Vaccine operations Central Provinces 1900-1911 - 1900-1911
Year: 1900
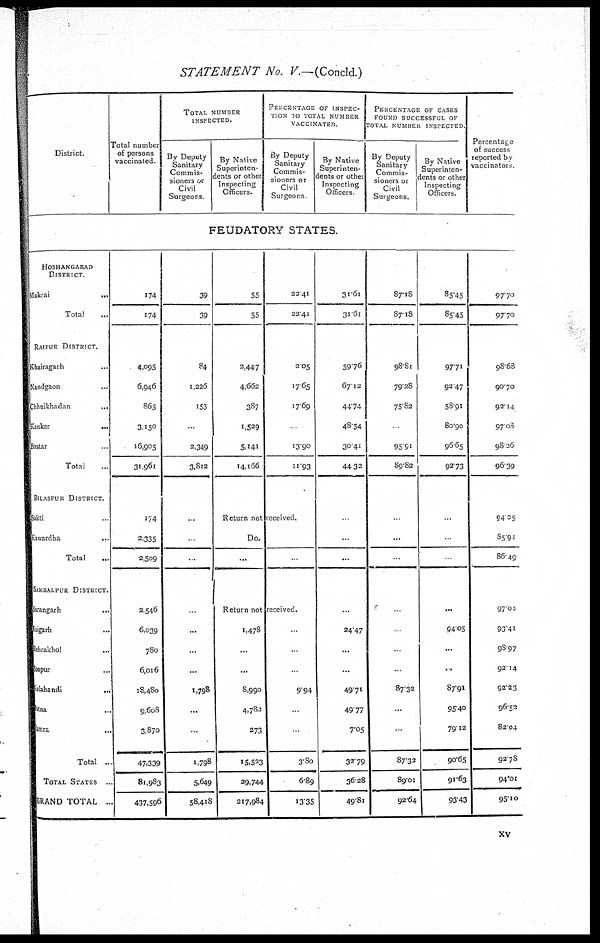
STATEMENT No. V.—(Concld.)
District.
HOSHANGABAD
DISTRICT
Makrai...
Total...
RAIPUR DISTRICT.
Khairagarh...
Nandgaon...
Chhuikhadan...
Kanker...
Baslar...
Total...
BILASPUR DISTRICT.
Sakti...
Kawardha...
Total...
SAMBALPUR DISTRICT.
Sarangarh...
Raigarh...
Rehrakhol...
Sonpur...
Mahandi...
Patna...
Pamra...
Total ..
TOTAL STATES...
GRAND TOTAL ..
Total number
of persons
vaccinated.
174
174
4,095
6,946
865
3,150
16,905
31,961
174
2,335
2,509
2,546
6,039
780
6,016
18,480
9,608
3,870
47,339
81,983
437,596
TOTAL NUMBER
INSPECTED.
By Deputy
Sanitary
Commis-
sioners or
Civil
Surgeons.
By Native
Superinten-
dents or other
Inspecting
Officers.
PERCENTAGE OR INSPEC-
---- TO TOTAL NUMBER
VACCINATED.
By Deputy
Sanitary
Commis-
sioners or
Civil
Surgeons
By Native
Superinten-
dents or other
Inspecting
Officers
FEUDATORY STATES.
39
39
84
1,226
153
.
2,349
3,812
...
...
...
..
...
...
...
1,798
...
...
1,798
5,649
58,418
55
55
2,447
4,662
387
1,529
5,141
14,166
22.41
22.41
2.05
17.65
17.69
13.90
11.93
Return not received.
Do.
...
Return not received.
1,478
...
...
8,990
4,783
273
15,523
29,744
217,984
..
9.94
.
.
3.0
6.89
13.35
31.61
31.61
59.76
67.12
44.74
48.54
30.41
44.32
...
...
...
24.47
...
...
49.71
49.77
7.05
32.79
36.28
49.81
PERCENTAGE OF CASES
FOUND SUCCESSFUL OF
TOTAL NUMBER INSPECTED.
By Deputy
Sanitary
Commis-
sioners or
Civil
Surgeons.
87.18
87.18
98.81
79.28
75.82
95.91
89.82
...
...
.
87.32
...
..
87.32
89.01
92.64
By Native
Superinten-
dents or other
Inspecting
Officers.
85.45
85.45
97.71
92.47
58.91
80.90
96.65
92.73
..
...
94.05
...
..
87.91
95.40
79.12
90.65
91.63
93.43
Percentage
of success
reported by
vaccinators
97.70
97.70
98.68
90.70
92.14
97.08
98.26
96.39
94.25
85.91
86.49
97.03
93.41
98.97
92.14
92.23
96.52
82.04
92.78
94.01
95.10
xv